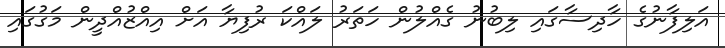
އަލިފާނުގެ ހާދިސާގައި ލިބުނު ގެއްލުން ހަތަރު ލައްކަ ރުފިޔާ އަށް އިއްޒުއްދީން މަގުގައި